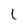
Character: l